Problem: 12 × 11 = ?
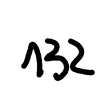
Handwritten answer: 132